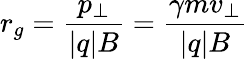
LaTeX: r_{g}={\frac{p_{\perp}}{|q|B}}={\frac{\gamma mv_{\perp}}{|q|B}}